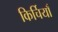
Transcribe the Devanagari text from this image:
किर्चियाँ